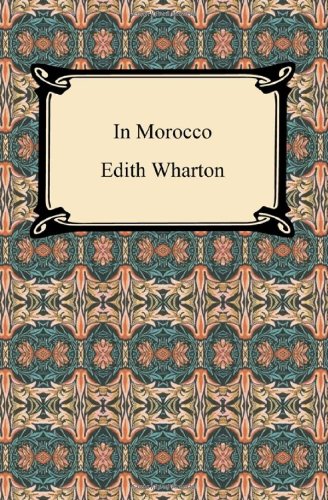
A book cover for In Morocco; Edith Wharton; Travel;